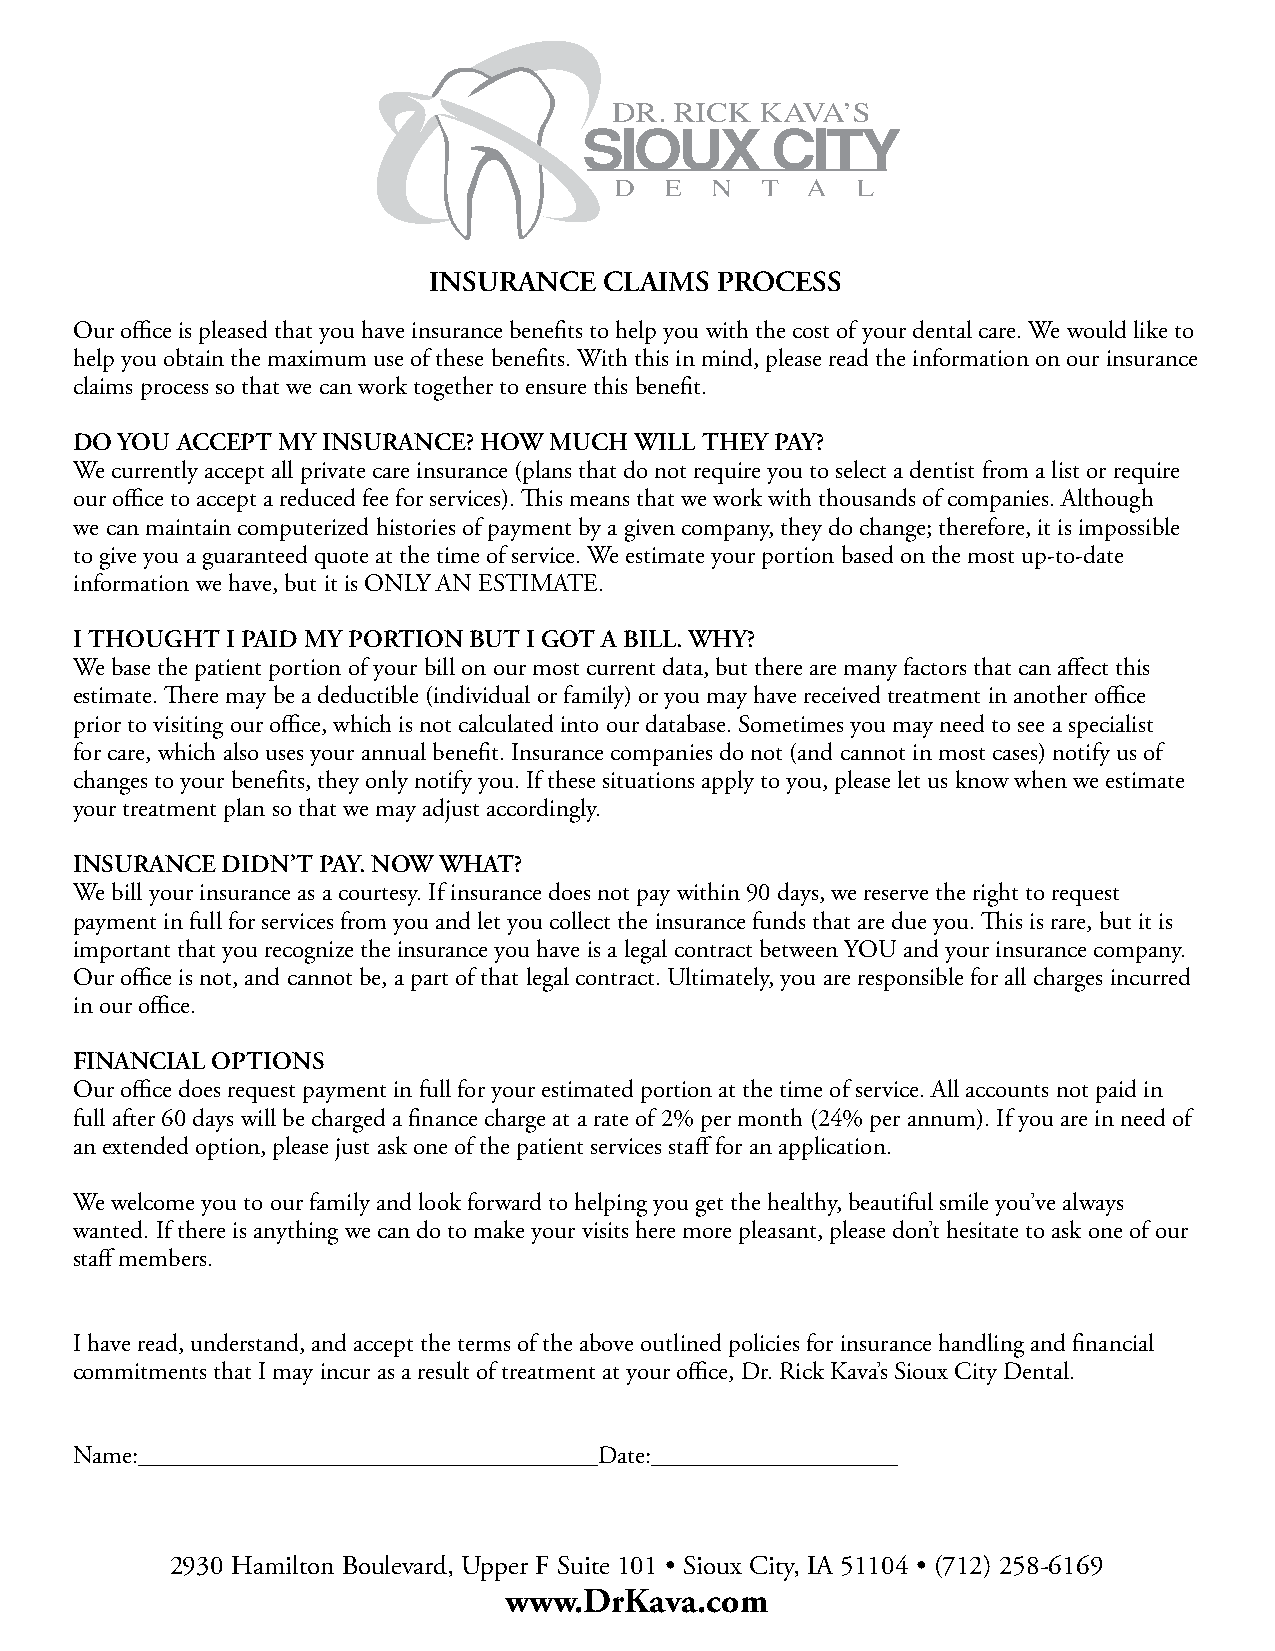
INSURANCE   CLAIMS PROCESS
 Our office is pleased that you have insurance benefits to help you with the cost of your dental care. We would like to
 help you obtain the maximum use of these benefits. With this in mind, please read the information on our insurance
 claims process so that we can work together to ensure this benefit.
 DO YOU ACCEPT MY INSURANCE? HOW MUCH WILL THEY PAY?
 We currently accept all private care insurance (plans that do not require you to select a dentist from a list or require
 our office to accept a reduced fee for services). This means that we work with thousands of companies. Although
 we can maintain computerized histories of payment by a given company, they do change; therefore, it is impossible
 to give you a guaranteed quote at the time of service. We estimate your portion based on the most up-to-date
 information we have, but it is ONLY AN ESTIMATE.
 I THOUGHT I PAID MY PORTION BUT I GOT A BILL. WHY?
 We base the patient portion of your bill on our most current data, but there are many factors that can affect this
 estimate. There may be a deductible (individual or family) or you may have received treatment in another office
 prior to visiting our office, which is not calculated into our database. Sometimes you may need to see a specialist
 for care, which also uses your annual benefit. Insurance companies do not (and cannot in most cases) notify us of
 changes to your benefits, they only notify you. If these situations apply to you, please let us know when we estimate
 your treatment plan so that we may adjust accordingly.
 INSURANCE DIDN’T PAY. NOW WHAT?
 We bill your insurance as a courtesy. If insurance does not pay within 90 days, we reserve the right to request
 payment in full for services from you and let you collect the insurance funds that are due you. This is rare, but it is
 important that you recognize the insurance you have is a legal contract between YOU and your insurance company.
 Our office is not, and cannot be, a part of that legal contract. Ultimately, you are responsible for all charges incurred
 in our office.
 FINANCIAL OPTIONS
 Our office does request payment in full for your estimated portion at the time of service. All accounts not paid in
 full after 60 days will be charged a finance charge at a rate of 2% per month (24% per annum). If you are in need of
 an extended option, please just ask one of the patient services staff for an application.
 We welcome you to our family and look forward to helping you get the healthy, beautiful smile you’ve always
 wanted. If there is anything we can do to make your visits here more pleasant, please don’t hesitate to ask one of our
 staff members.
 I have read, understand, and accept the terms of the above outlined policies for insurance handling and financial
 commitments that I may incur as a result of treatment at your office, Dr. Rick Kava’s Sioux City Dental.
 Name:                              Date:
 2930 Hamilton Boulevard, Upper F Suite 101 • Sioux City, IA 51104 • (712) 258-6169
 www.DrKava.com